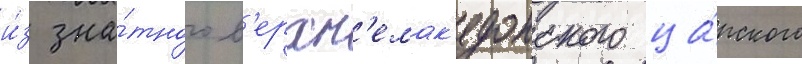
и́з зна́тного в'ерхн'емак'едонского ца́рского